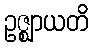
ဥဇ္ဈာယတိ